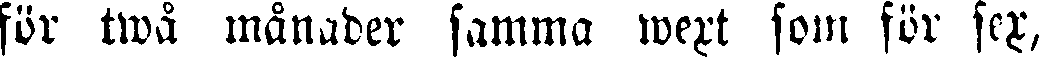
för twå månader samma wext som för sex,